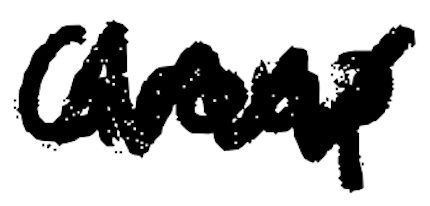
Text: Group
Cross-out: zig-zag
Writing tool: digital_black